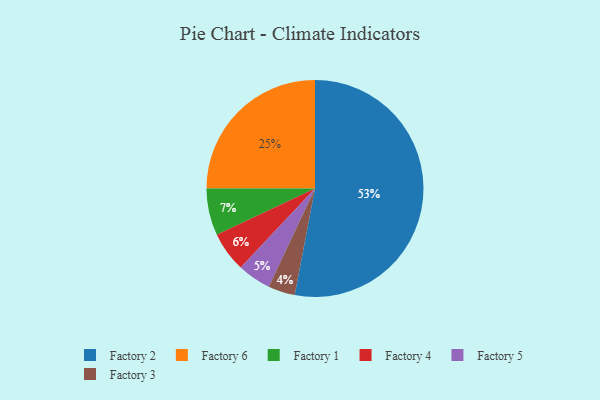
{"axis": {"x": "Category", "y": "Percentage"}, "legend": ["Factory 1", "Factory 2", "Factory 3", "Factory 4", "Factory 5", "Factory 6"], "data": [{"x": "Factory 4", "y": 6, "type": "Factory 4"}, {"x": "Factory 6", "y": 25, "type": "Factory 6"}, {"x": "Factory 5", "y": 5, "type": "Factory 5"}, {"x": "Factory 1", "y": 7, "type": "Factory 1"}, {"x": "Factory 2", "y": 53, "type": "Factory 2"}, {"x": "Factory 3", "y": 4, "type": "Factory 3"}]}